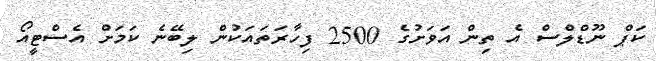
ކަޕް ނޫޑްލްސް އެ ތިން އަވަށުގެ 2500 ފިހާރަތައަކުން ލިބޭނެ ކަމަށް އެސްޓީއޯ